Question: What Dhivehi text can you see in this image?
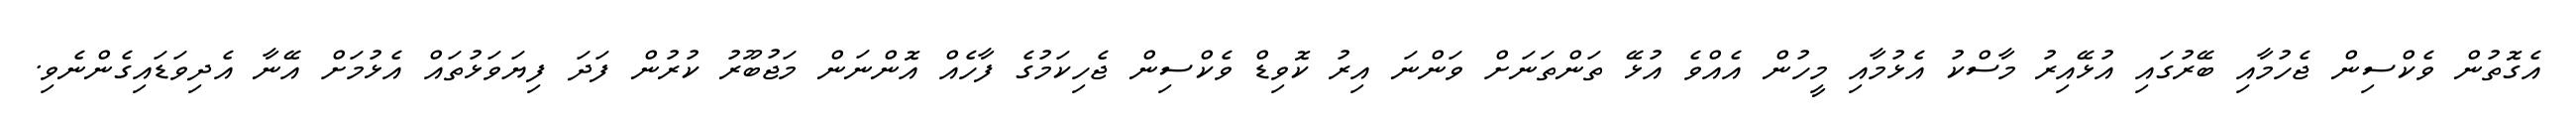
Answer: އެގޮތުން ވެކްސިން ޖެހުމާއި ބޭރުގައި އުޅޭއިރު މާސްކު އެޅުމާއި މީހުން އެއްވެ އުޅޭ ތަންތަނަށް ވަންނަ އިރު ކޮވިޑް ވެކްސިން ޖެހިކަމުގެ ފާހެއް އޮންނަން މަޖުބޫރު ކުރުން ފަދަ ފިޔަވަޅުތައް އެޅުމަށް އޭނާ އެދިވަޑައިގެންނެވި.